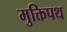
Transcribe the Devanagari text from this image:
मुक्तिपथ